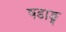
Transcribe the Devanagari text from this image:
षडाङ्ग